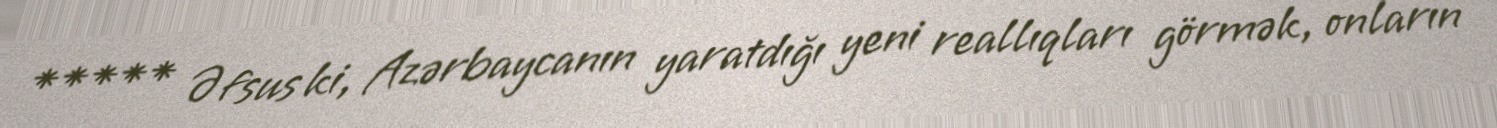
***** Əfsus ki, Azərbaycanın yaratdığı yeni reallıqları görmək, onların